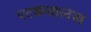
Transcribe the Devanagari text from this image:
पटकथालेख